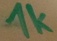
Text: 1k